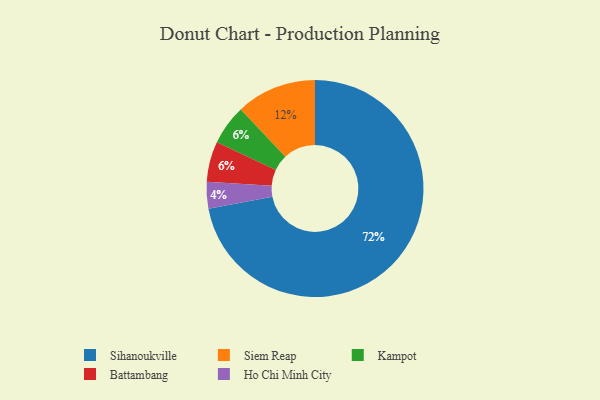
{"axis": {"x": "Category", "y": "Percentage"}, "legend": ["Battambang", "Ho Chi Minh City", "Kampot", "Siem Reap", "Sihanoukville"], "data": [{"x": "Kampot", "y": 6, "type": "Kampot"}, {"x": "Ho Chi Minh City", "y": 4, "type": "Ho Chi Minh City"}, {"x": "Siem Reap", "y": 12, "type": "Siem Reap"}, {"x": "Sihanoukville", "y": 72, "type": "Sihanoukville"}, {"x": "Battambang", "y": 6, "type": "Battambang"}]}